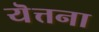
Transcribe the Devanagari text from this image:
यॆत्तना